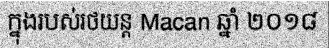
ក្នុងរបស់រថយន្ត Macan ឆ្នាំ ២០១៨